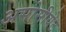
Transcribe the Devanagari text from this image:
असोसीयेट